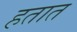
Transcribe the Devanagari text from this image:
हतात